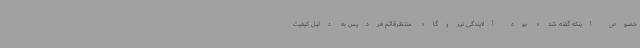
خصوص اینکه گفته شده بود آلایندگی نیروگاه منتظرقائم فردیس به دلیل کیفیت